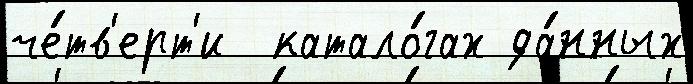
че́тв'ерт'и  катало́гах да́нных